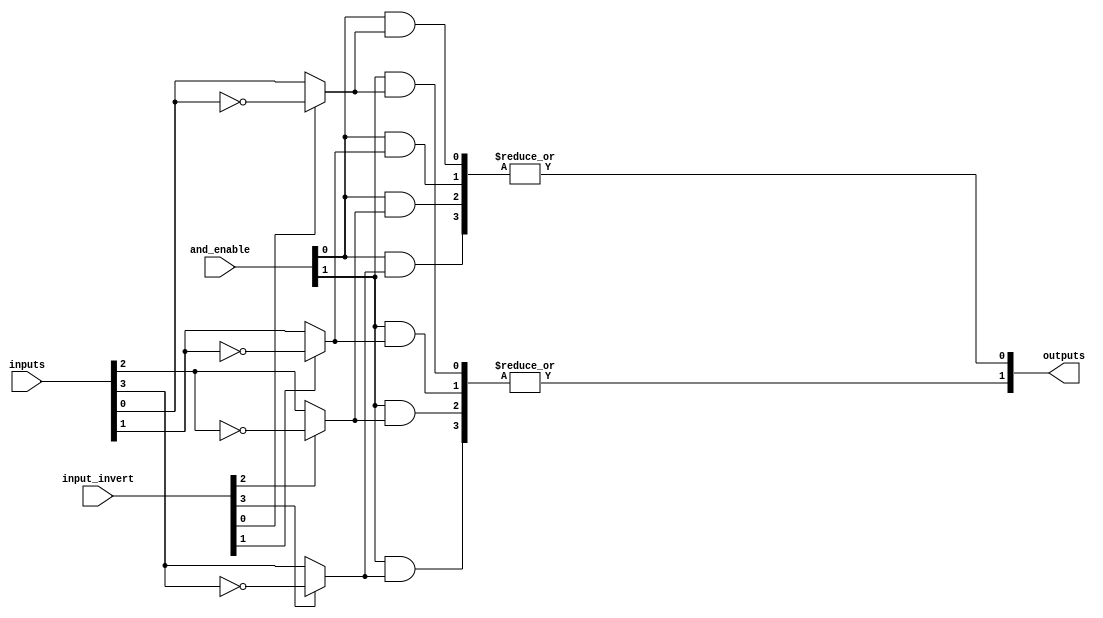
module PLA #(parameter N = 4, M = 2) (
    input wire [N-1:0] inputs,         // Input signals
    input wire [N-1:0] input_invert,   // Control signals for input inversion
    input wire [M-1:0] and_enable,      // Control signals for AND gate enable
    output wire [M-1:0] outputs         // Output signals
);

// Internal wires for AND gate outputs
wire [N-1:0] and_out [0:N-1]; // Array of AND gate outputs

// Generate AND gates
genvar i, j;
generate
    for (i = 0; i < N; i = i + 1) begin : and_gates
        for (j = 0; j < N; j = j + 1) begin : and_inputs
            assign and_out[i][j] = (and_enable[i] && (input_invert[j] ? ~inputs[j] : inputs[j]));
        end
    end
endgenerate

// Internal wires for OR gate outputs
wire [M-1:0] or_out;

// Generate OR gates
generate
    for (i = 0; i < M; i = i + 1) begin : or_gates
        assign outputs[i] = |(and_out[i]); // OR operation on the AND gate outputs
    end
endgenerate

endmodule